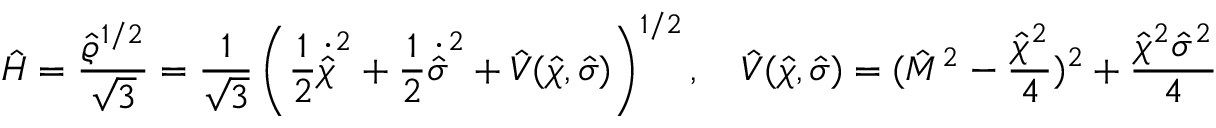
\hat { H } = \frac { \hat { \varrho } ^ { 1 / 2 } } { \sqrt { 3 } } = \frac { 1 } { \sqrt { 3 } } \left( \frac { 1 } { 2 } \dot { \hat { \chi } } ^ { 2 } + \frac { 1 } { 2 } \dot { \hat { \sigma } } ^ { 2 } + \hat { V } ( \hat { \chi } , \hat { \sigma } ) \right) ^ { 1 / 2 } , \quad \hat { V } ( \hat { \chi } , \hat { \sigma } ) = ( \hat { M } ^ { 2 } - \frac { \hat { \chi } ^ { 2 } } { 4 } ) ^ { 2 } + \frac { \hat { \chi } ^ { 2 } \hat { \sigma } ^ { 2 } } { 4 }